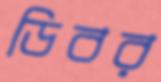
ডিবর